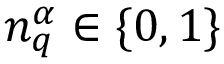
{ n } _ { q } ^ { \alpha } \in \lbrace 0 , 1 \rbrace